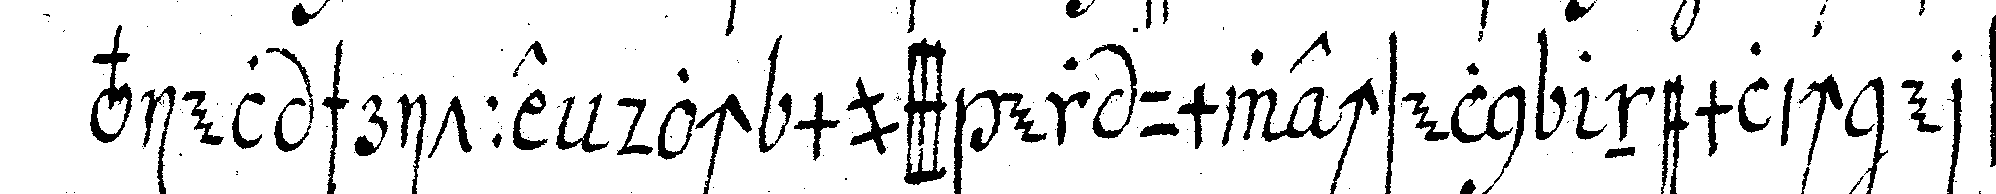
viel schritte doch muss er umwechseln nemlich erst